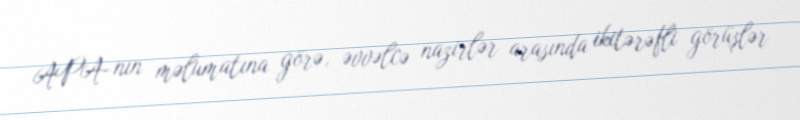
APA-nın məlumatına görə, əvvəlcə nazirlər arasında ikitərəfli görüşlər